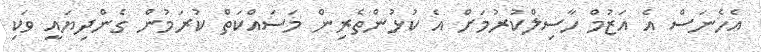
އެހެނަސް އެ އަޒުމް ހާސިލްކުރުމަށް އެ ކުޅުންތެރިން މަސައްކަތް ކުރަމުން ގެންދިޔައީ ވަކި